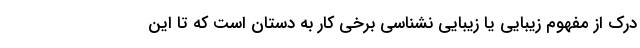
درک از مفهوم زیبایی یا زیبایی نشناسی برخی کار به دستان است که تا این